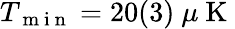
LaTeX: T_{\mathrm{~m~i~n~}}=20(3)~\mu\mathrm{~K~}